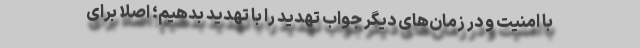
با امنیت و در زمان‌های دیگر جواب تهدید را با تهدید بدهیم؛ اصلاً برای